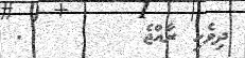
ދިވެހި ރާއްޖެ        .